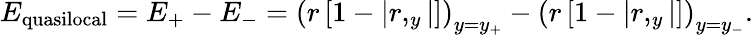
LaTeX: E_{\mathrm{quasilocal}}=E_{+}-E_{-}=\left(r\left[1-\left|r,_{y}\right|\right]\right)_{y=y_{+}}-\left(r\left[1-\left|r,_{y}\right|\right]\right)_{y=y_{-}}.